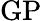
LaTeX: \operatorname{GP}